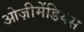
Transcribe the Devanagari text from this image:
ओज़ीमेंडियस